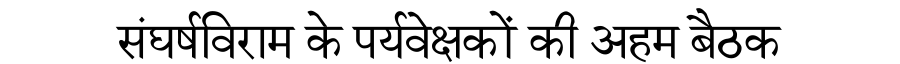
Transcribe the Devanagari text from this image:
संघर्षविराम के पर्यवेक्षकों की अहम बैठक